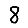
Digit: 8